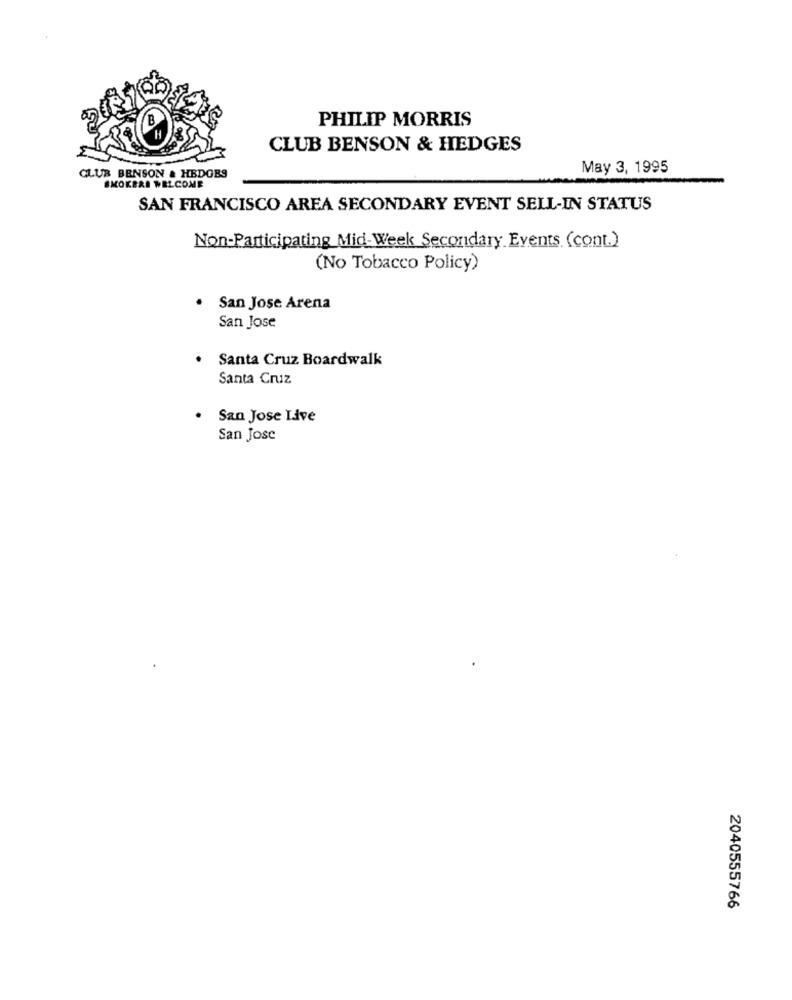
B
PHILIP MORRIS
CLUB BENSON & HEDGES
May 3, 1995
CLUB BENSON & HEDGES
SMOKERS WELCOME
SAN FRANCISCO AREA SECONDARY EVENT SELL-IN STATUS
Non-Participating Mid-Week Secondary Events (cont.)
(No Tobacco Policy)
San Jose Arena
San Jose
Santa Cruz Boardwalk
Santa Cruz
San Jose Live
San Jose
2040555766